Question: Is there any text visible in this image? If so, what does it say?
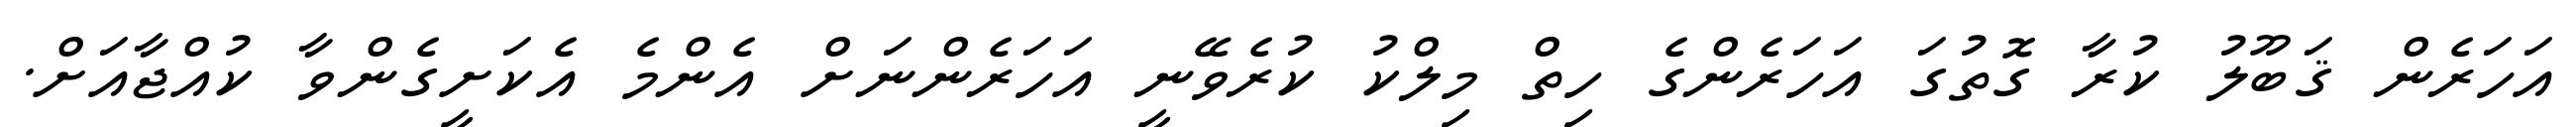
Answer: އަހަރެން ޤަބޫލު ކުރާ ގޮތުގަ އަހަރެންގެ ހިތް މިލްކު ކުރެވޭނީ އަހަރެންނަށް އެންމެ އެކަށީގެންވާ ކުއްޖާއަށް.